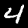
Digit: 4